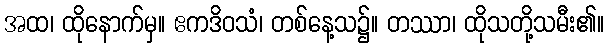
အထ၊ ထိုနောက်မှ။ ဧကဒိဝသံ၊ တစ်နေ့သ၌။ တဿာ၊ ထိုသတို့သမီး၏။